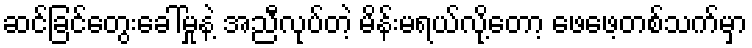
ဆင်ခြင်တွေးခေါ်မှုနဲ့ အညီလုပ်တဲ့ မိန်းမရယ်လို့တော့ ဖေဖေ့တစ်သက်မှာ